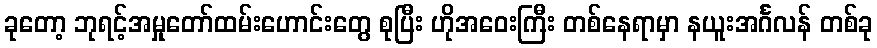
ခုတော့ ဘုရင့်အမှုတော်ထမ်းဟောင်းတွေ စုပြီး ဟိုအဝေးကြီး တစ်နေရာမှာ နယူးအင်္ဂလန် တစ်ခု